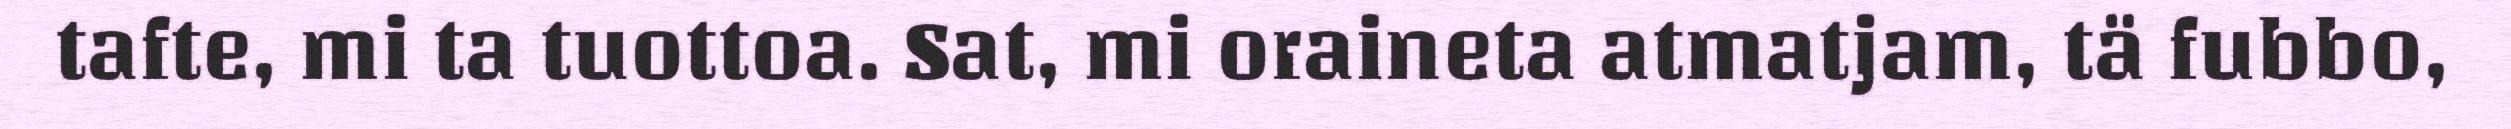
tafte, mi ta tuottoa. Sat, mi oraineta atmatjam, tä fubbo,